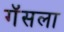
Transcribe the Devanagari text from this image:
गॅसला